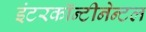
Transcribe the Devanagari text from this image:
इंटरकॉन्टीनेन्टल